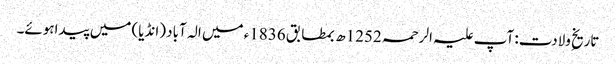
تاریخِ ولادت: آپ علیہ الرحمہ 1252ھ بمطابق 1836ء میں الہ آباد (انڈیا) میں پیداہوئے۔